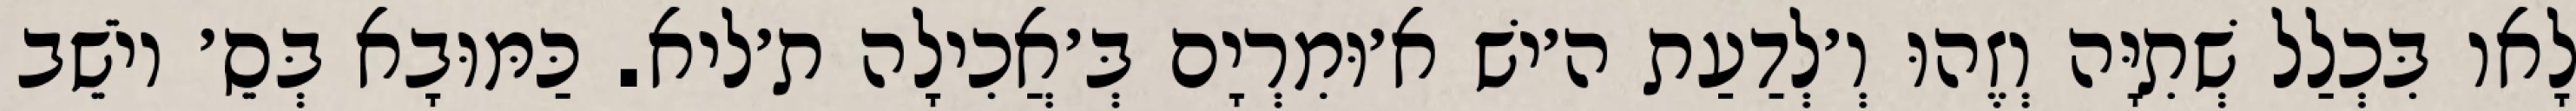
לָאו בִּכְלַל שְׁתִיָּה וְזֶהוּ וְ׳לְדַעַת ה׳ישׁ א׳וּמִרְיָם בְּ׳אֲכִילָה ת׳ליא. כַּמּוּבָא בְּסֵ׳ יוֹשֵׁב